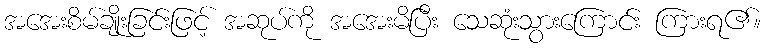
အအေးစိမ်ချိုးခြင်းဖြင့် အဆုပ်ကို အအေးမိပြီး သေဆုံးသွားကြောင်း ကြားရ၏။